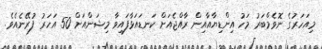
މިއަހަރުގެ ނޮވެމްބަރު މަހު އިންޑިޔާއާއިން ރާއްޖެއަށް ކަނޑައަޅާފައިވާ މިޝަންއަށް 50 އަހަރު ފުރޭނެއެވެ.